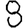
Digit: 8